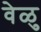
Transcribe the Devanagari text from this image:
वेळु